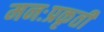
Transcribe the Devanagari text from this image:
मनःप्रकृती